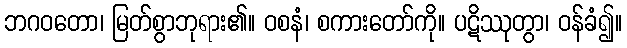
ဘဂဝတော၊ မြတ်စွာဘုရား၏။ ဝစနံ၊ စကားတော်ကို။ ပဋိဿုတွာ၊ ဝန်ခံ၍။